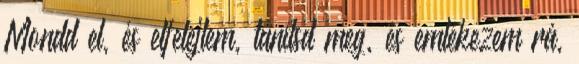
Mondd el, és elfelejtem, tanítsd meg, és emlékezem rá,